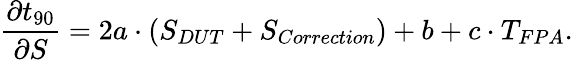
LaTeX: \frac{\partial t_{90}}{\partial S}=2a\cdot\left(S_{DUT}+S_{Correction}\right)+b+c\cdot T_{FPA}\mathrm{.}